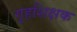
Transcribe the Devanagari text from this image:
गृहशिक्षक